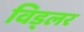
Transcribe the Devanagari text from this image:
विड्लर